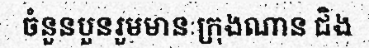
ចំនួនបួនរួមមានៈក្រុងណាន ជិង